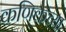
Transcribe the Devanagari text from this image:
कणिकेच्या